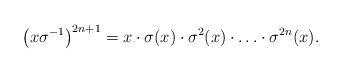
LaTeX: \begin{align*} \bigl(x\sigma^{-1}\bigr)^{2n+1} = x\cdot\sigma(x)\cdot \sigma^2(x) \cdot \ldots \cdot \sigma^{2n}(x).\end{align*}